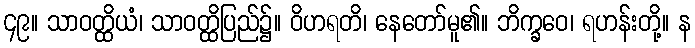
၄၉။ သာဝတ္ထိယံ၊ သာဝတ္ထိပြည်၌။ ဝိဟရတိ၊ နေတော်မူ၏။ ဘိက္ခဝေ၊ ရဟန်းတို့။ န